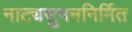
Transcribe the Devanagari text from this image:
नाट्यसुमननिर्मित